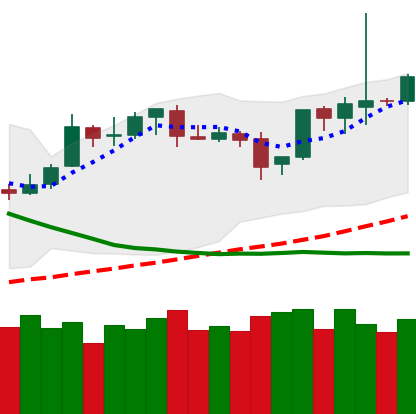
Ticker: BTC-USD
Chart end date: 2019-04-01
Forward return: 21.683%
Label: up_7plus